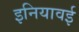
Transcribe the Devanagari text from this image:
इनियावई